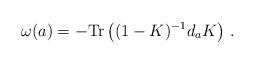
LaTeX: \begin{align*}\omega(a)=-{\rm Tr}\left((1-K)^{-1} d_aK\right)\, .\end{align*}